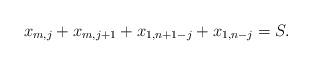
LaTeX: \begin{align*} x_{m,j} + x_{m,j+1} + x_{1,n+1-j} + x_{1,n-j} = S.\end{align*}